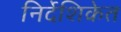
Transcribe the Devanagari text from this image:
निर्देशिकेत